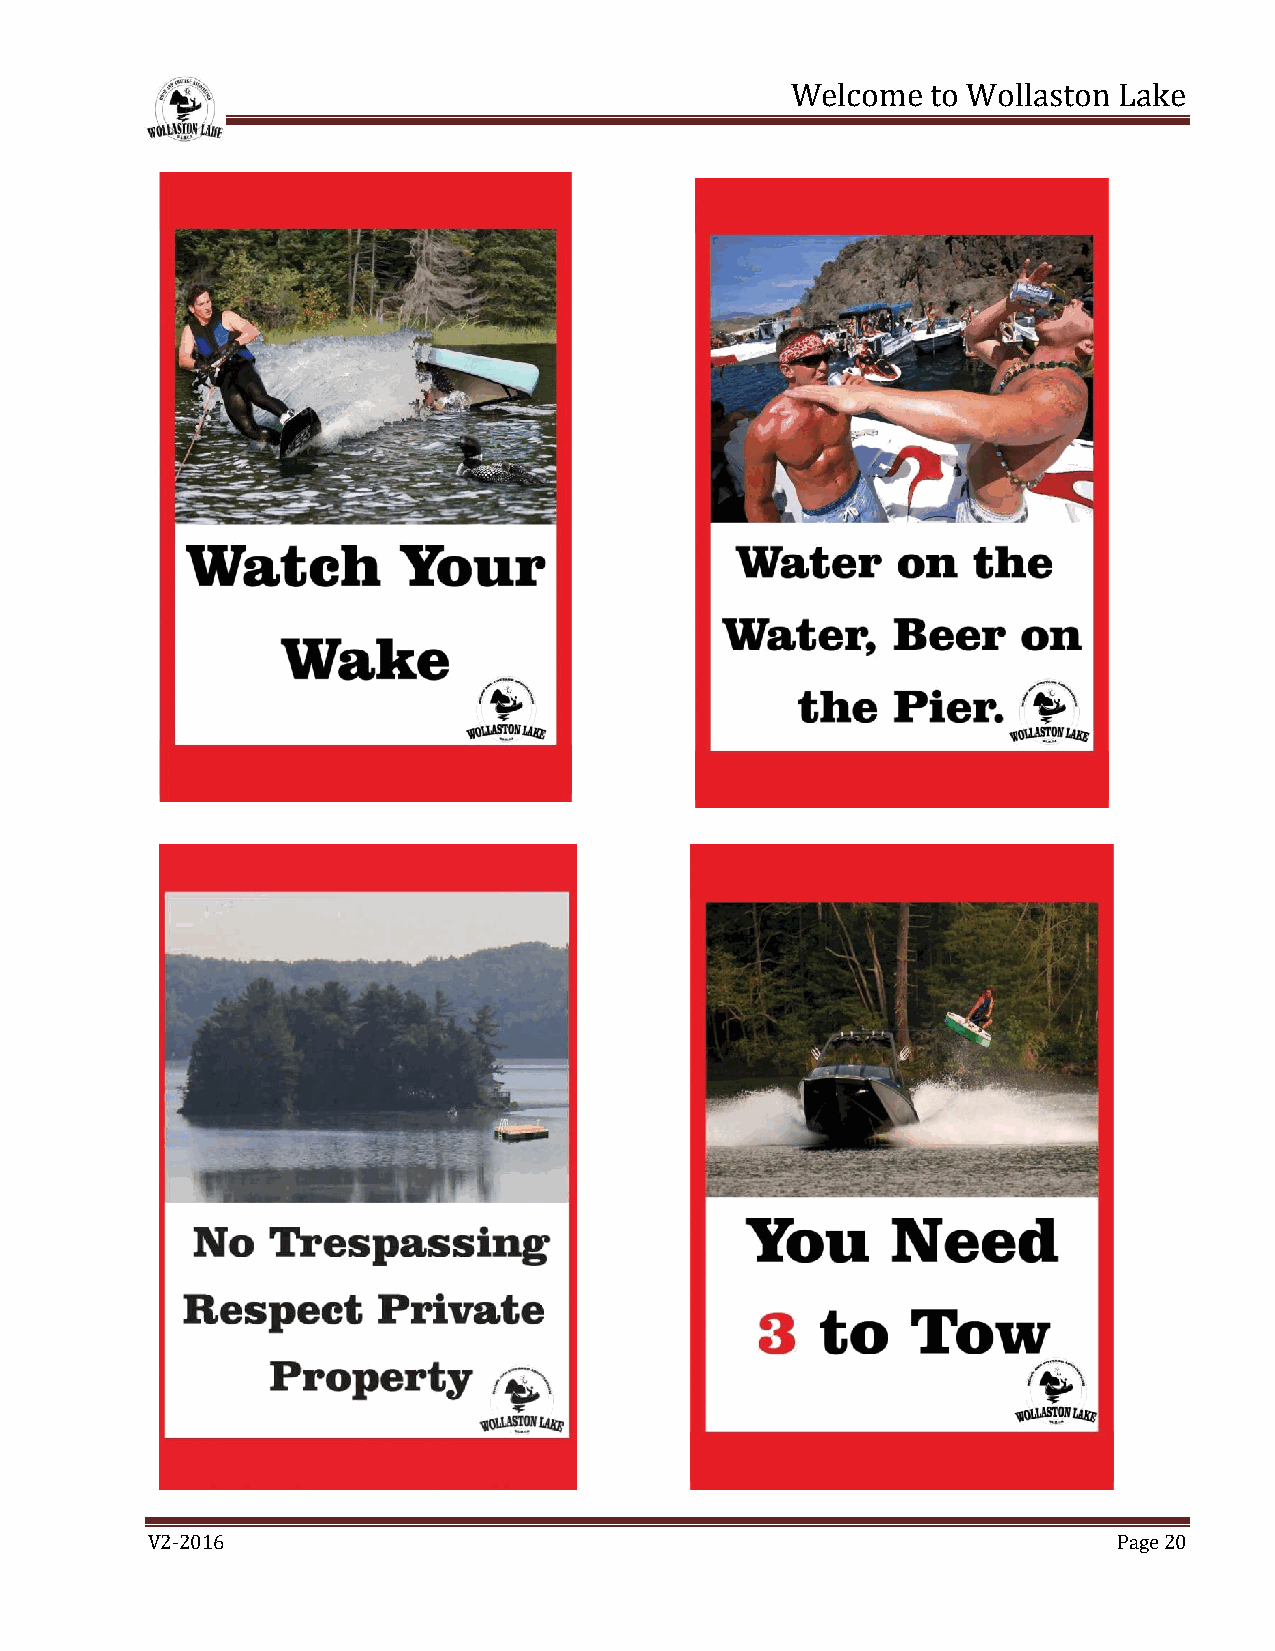
Welcome   to Wollaston Lake
 V2-2016                                                         Page 20